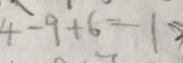
4 - 9 + 6 = 1